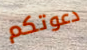
دعوتكم